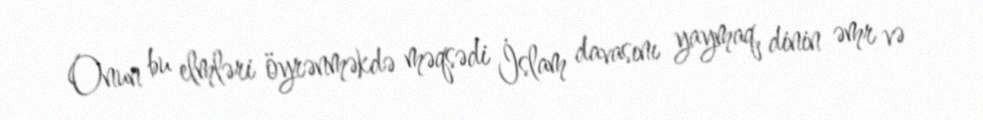
Onun bu elmləri öyrənməkdə məqsədi İslam davasını yaymaq, dinin əmr və